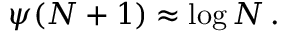
\psi ( N + 1 ) \approx \log N \, .